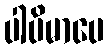
ပါပိမာပေ